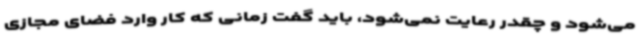
می‌شود و چقدر رعایت نمی‌شود، باید گفت زمانی که کار وارد فضای مجازی